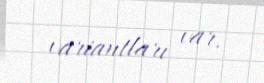
variantları var.